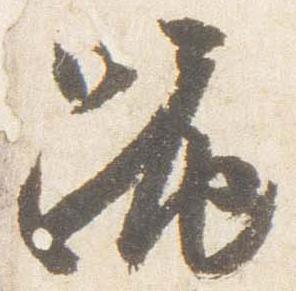
跪